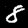
Label: 8